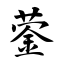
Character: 蓥